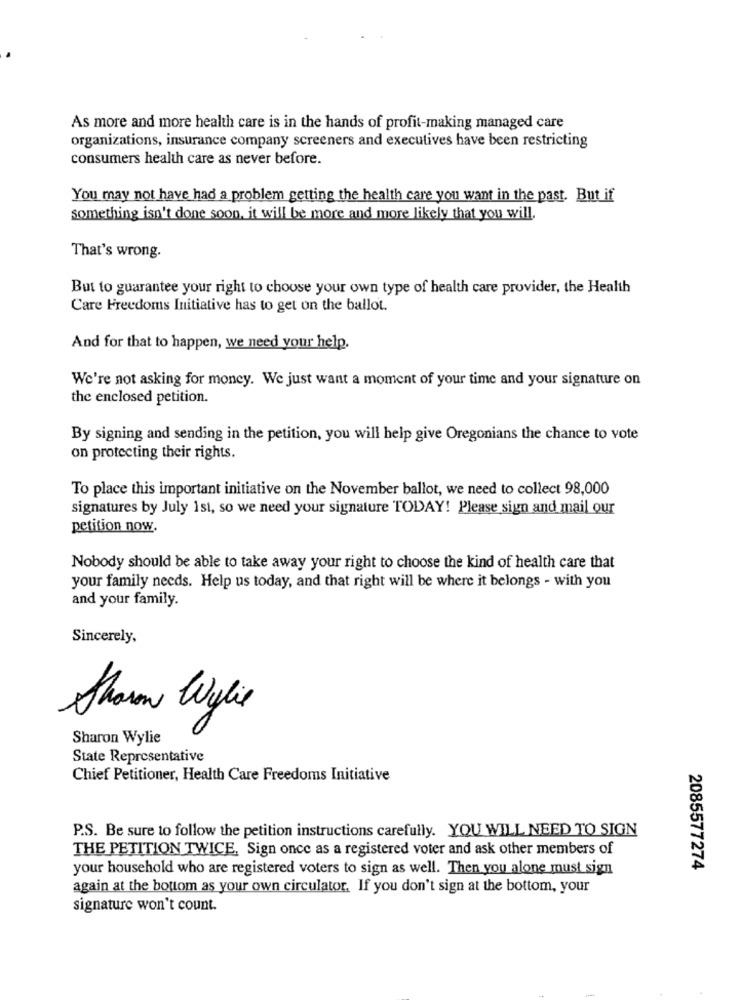
As more and more health care is in the hands of profit-making managed care
organizations, insurance company screeners and executives have been restricting
consumers health care as never before.
You may not have had a problem getting the health care you want in the past. But if
something isn't done soon, it will be more and more likely that you will.
That's wrong.
But to guarantee your right to choose your own type of health care provider, the Health
Care Freedoms Initiative has to get on the ballot.
And for that to happen, we need your help.
We're not asking for money. We just want a moment of your time and your signature on
the enclosed petition.
By signing and sending in the petition, you will help give Oregonians the chance to vote
on protecting their rights.
To place this important initiative on the November ballot, we need to collect 98,000
signatures by July 1st, so we need your signature TODAY! Please sign and mail our
petition now.
Nobody should be able to take away your right to choose the kind of health care that
your family needs. Help us today, and that right will be where it belongs - with you
and your family.
Sincerely,
Sharon Wylie
Sharon Wylie
State Representative
Chief Petitioner, Health Care Freedoms Initiative
P.S. Be sure to follow the petition instructions carefully. YOU WILL NEED TO SIGN
THE PETITION TWICE. Sign once as a registered voter and ask other members of
your household who are registered voters to sign as well. Then you alone must sign
2085577274
again at the bottom as your own circulator. If you don't sign at the bottom, your
signature won't count.